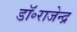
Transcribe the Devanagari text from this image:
डॉ॰राजेन्द्र